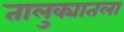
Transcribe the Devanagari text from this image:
तालुक्यातला